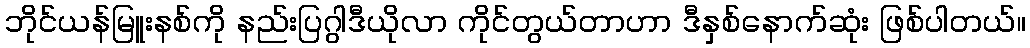
ဘိုင်ယန်မြူးနစ်ကို နည်းပြဂွါဒီယိုလာ ကိုင်တွယ်တာဟာ ဒီနှစ်နောက်ဆုံး ဖြစ်ပါတယ်။